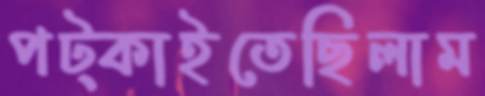
পট্‌কাইতেছিলাম